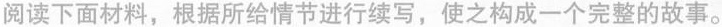
阅读下面材料,根据所给情节进行续写,使之构成一个完整的故事.